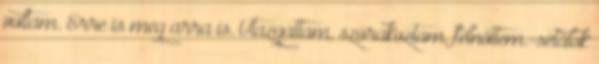
voltam. Erre is meg arra is. Utazgattam, szórakoztam, felnőttem.-sétálok